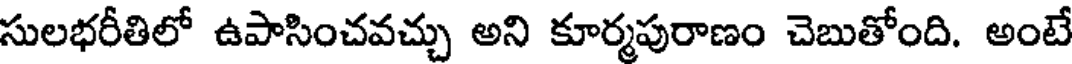
సులభరీతిలో ఉపాసించవచ్చు అని కూర్మపురాణం చెబుతోంది. అంటే